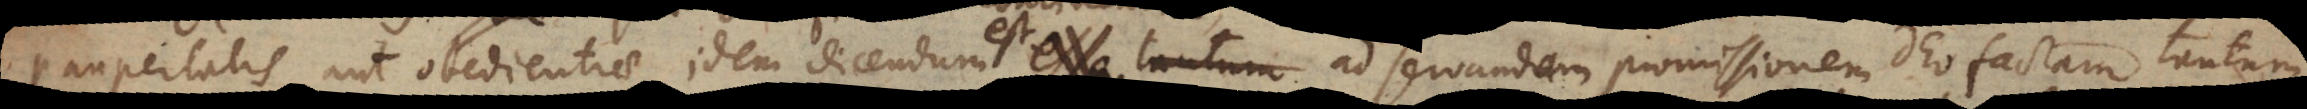
paupertatis aut obedientiae idem dicendum est, ad servandam promissionem Deo factam tantum